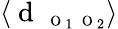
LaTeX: \langle\mathrm{~d~}_{\mathrm{~\scriptsize~O~}_{1}\mathrm{~\scriptsize~O~}_{2}}\rangle